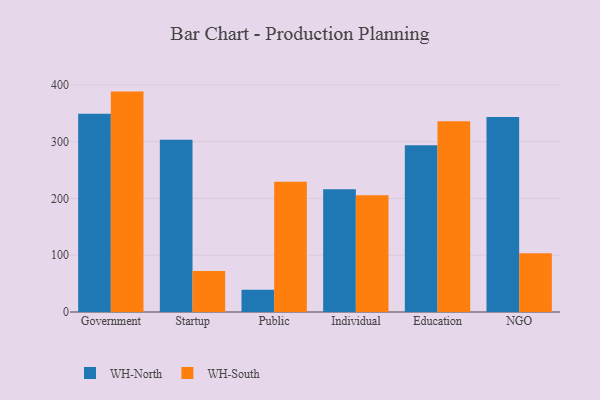
{"axis": {"x": "Segment", "y": "Shipments"}, "legend": ["WH-North", "WH-South"], "data": [{"x": "Government", "y": 349.4, "type": "WH-North"}, {"x": "Government", "y": 388.2, "type": "WH-South"}, {"x": "Startup", "y": 303.4, "type": "WH-North"}, {"x": "Startup", "y": 72.1, "type": "WH-South"}, {"x": "Public", "y": 39.0, "type": "WH-North"}, {"x": "Public", "y": 229.5, "type": "WH-South"}, {"x": "Individual", "y": 216.4, "type": "WH-North"}, {"x": "Individual", "y": 205.5, "type": "WH-South"}, {"x": "Education", "y": 293.7, "type": "WH-North"}, {"x": "Education", "y": 335.8, "type": "WH-South"}, {"x": "NGO", "y": 343.5, "type": "WH-North"}, {"x": "NGO", "y": 103.6, "type": "WH-South"}]}